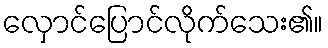
လှောင်ပြောင်လိုက်သေး၏။